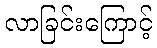
လာခြင်းကြောင့်